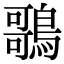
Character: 𪃿